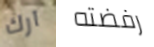
آرك رفضته